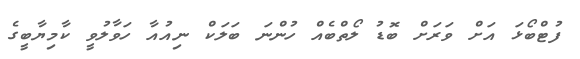
ފުޓްބޯޅަ އަށް ވަރަށް ބޮޑު ލޯތްބެއް ހުންނަ ބަލަކް ނިއުއާ ހަވާލުވީ ކާމިޔާބީގެ